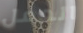
العمل